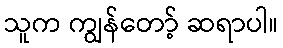
သူက ကျွန်တော့် ဆရာပါ။